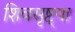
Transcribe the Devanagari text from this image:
शिवसृष्ट्या